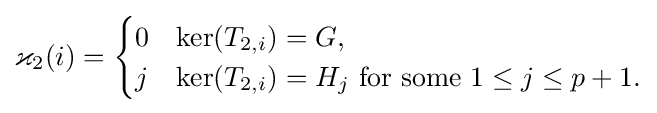
\varkappa _{2}(i)={\begin{cases}0&\ker(T_{2,i})=G,\\j&\ker(T_{2,i})=H_{j}{\text{ for some }}1\leq j\leq p+1.\end{cases}}